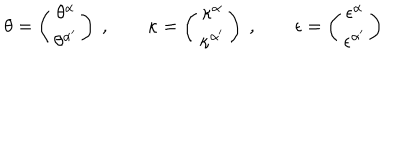
\theta = \left( \begin{matrix} { { \theta ^ { \alpha } } } \\ { { \theta ^ { \alpha ^ { \prime } } } } \\ \end{matrix} \right) \ , \qquad \kappa = \left( \begin{matrix} { { \kappa ^ { \alpha } } } \\ { { \kappa ^ { \alpha ^ { \prime } } } } \\ \end{matrix} \right) \ , \qquad \epsilon = \left( \begin{matrix} { { \epsilon ^ { \alpha } } } \\ { { \epsilon ^ { \alpha ^ { \prime } } } } \\ \end{matrix} \right)